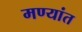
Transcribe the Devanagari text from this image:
मण्यांत